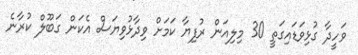
ވަހީދާ ގުޅިވަޑައިގަތީ 30 މިލިއަން ރުފިޔާ ކަމަށް ވިދާޅުވިޔަސް އެކަން ގަބޫލް ކުރާނެ